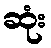
ဆုံး